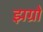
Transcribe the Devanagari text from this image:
झग्रो